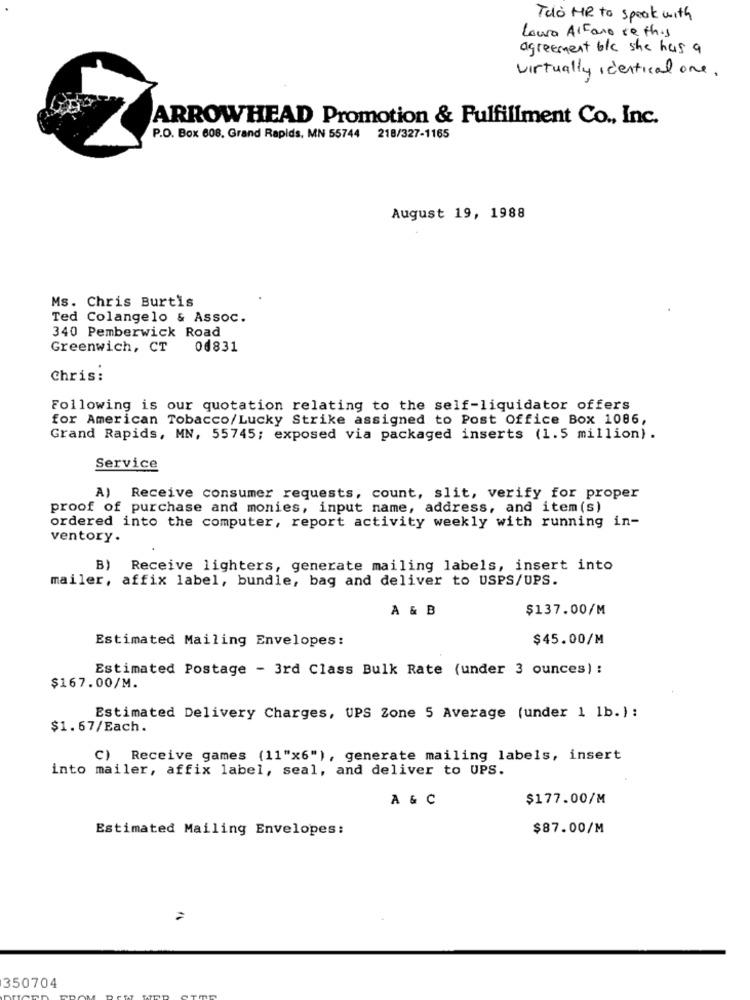
Telo HR to speak with
Laura Alfano ce this
agreement b/c she has a
virtually identical one.
ARROWHEAD Promotion & Fulfillment Co ., Inc.
P.O. Box 608. Grand Rapids, MN 55744 218/327-1165
August 19, 1988
Ms. Chris Burtis
Ted Colangelo & Assoc.
340 Pemberwick Road
Greenwich, CT
00831
Chris:
Following is our quotation relating to the self-liquidator offers
for American Tobacco/Lucky Strike assigned to Post Office Box 1086,
Grand Rapids, MN, 55745; exposed via packaged inserts (1.5 million).
Service
A) Receive consumer requests, count, slit, verify for proper
proof of purchase and monies, input name, address, and item(s)
ordered into the computer, report activity weekly with running in-
ventory.
B) Receive lighters, generate mailing labels, insert into
mailer, affix label, bundle, bag and deliver to USPS/UPS.
A & B
$137.00/M
Estimated Mailing Envelopes:
$45.00/M
Estimated Postage - 3rd Class Bulk Rate (under 3 ounces) :
$167.00/M.
Estimated Delivery Charges, UPS Zone 5 Average (under 1 lb.) :
$1.67/Each.
C) Receive games (11"x6" ), generate mailing labels, insert
into mailer, affix label, seal, and deliver to UPS.
A & C
$177.00/M
Estimated Mailing Envelopes:
$87.00/M
350704